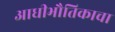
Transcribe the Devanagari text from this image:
आधीभौतिकाचा